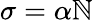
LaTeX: \sigma=\alpha\mathbb{N}